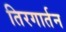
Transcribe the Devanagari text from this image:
तिरगार्तन